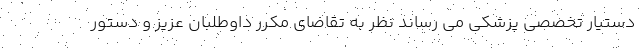
دستیار تخصصی پزشکی می رساند نظر به تقاضای مکرر داوطلبان عزیز و دستور